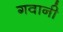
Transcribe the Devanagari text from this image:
गवानी